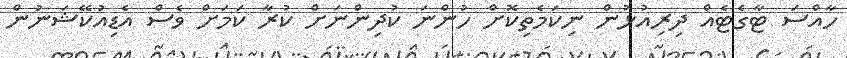
ހާއްސަ ޓާގެޓެއް ދިރިއުޅުން ނިކަމެތިކޮށް ހުންނަ ކުދިންނަށް ކުރާ ކަމަށް ވެސް އެޑިއުކޭޝަނުން